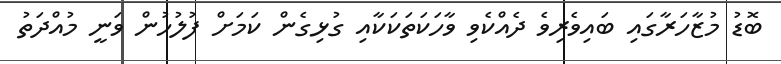
ބޮޑު މުޒާހަރާގައި ބައިވެެރިވެ ދެއްކެވި ވާހަކަތަކަކާއި ގުޅިގެން ކަމަށް ފުލުހުން ވަނީ މުއްދަތު